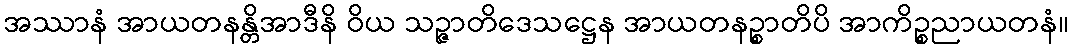
အဿာနံ အာယတနန္တိအာဒီနိ ဝိယ သဉ္ဇာတိဒေသဋ္ဌေန အာယတနဉ္စာတိပိ အာကိဉ္စညာယတနံ။